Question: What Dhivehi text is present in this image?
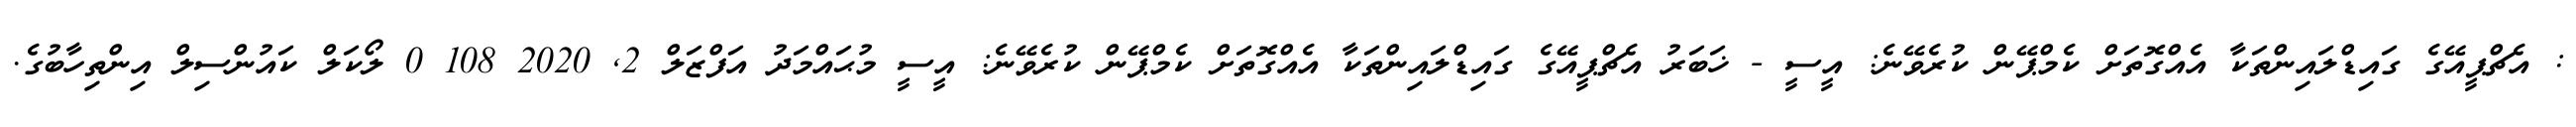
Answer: : އެޗްޕީއޭގެ ގައިޑްލައިންތަކާ އެއްގޮތަށް ކެމްޕޭން ކުރެވޭނެ: އީސީ - ޚަބަރު އެޗްޕީއޭގެ ގައިޑްލައިންތަކާ އެއްގޮތަށް ކެމްޕޭން ކުރެވޭނެ: އީސީ މުޙައްމަދު އަފްޒަލް 2, 2020 108 0 ލޯކަލް ކައުންސިލް އިންތިހާބުގެ.